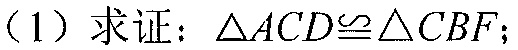
(1) 求证：\(\triangle ACD\cong\triangle CBF\);